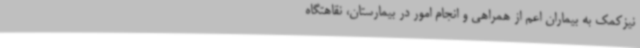
نیزکمک به بیماران اعم از همراهی و انجام امور در بیمارستان، نقاهتگاه